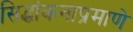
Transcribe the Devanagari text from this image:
सिद्धांकनाप्रमाणे